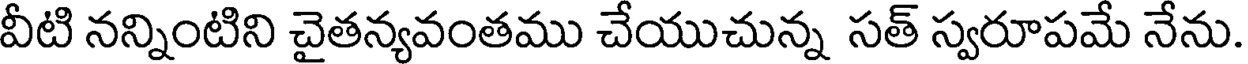
వీటి నన్నింటిని చైతన్యవంతము చేయుచున్న సత్ స్వరూపమే నేను